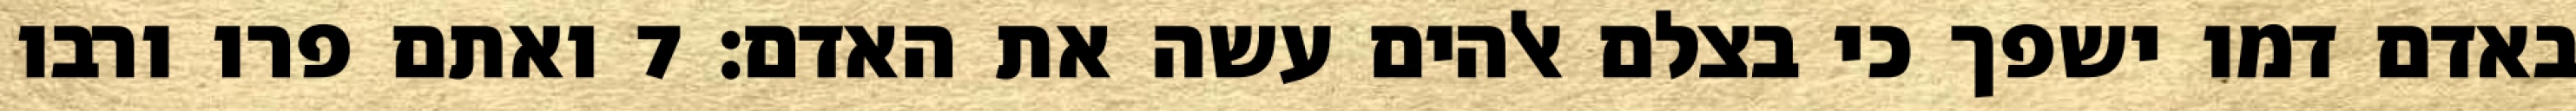
באדם דמו ישפך כי בצלם אלהים עשה את האדם׃ ‎7‏ ואתם פרו ורבו